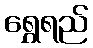
ရွှေရည်